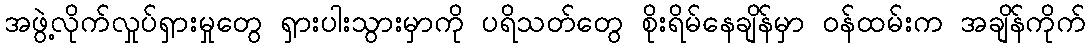
အဖွဲ့လိုက်လှုပ်ရှားမှုတွေ ရှားပါးသွားမှာကို ပရိသတ်တွေ စိုးရိမ်နေချိန်မှာ ဝန်ထမ်းက အချိန်ကိုက်